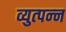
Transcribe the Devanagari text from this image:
व्युत्‍पन्‍न